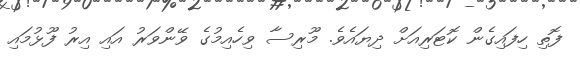
ފޮތި ހިފައިގެން ކޮޓަރިއަށް ދިޔައެވެ. މޫރިސާ ވިހެއިމުގެ ވޭންވަރު އައި އިރު ފޫޅުމައި